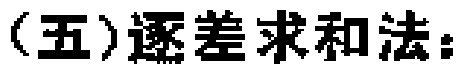
（五）逐差求和法：